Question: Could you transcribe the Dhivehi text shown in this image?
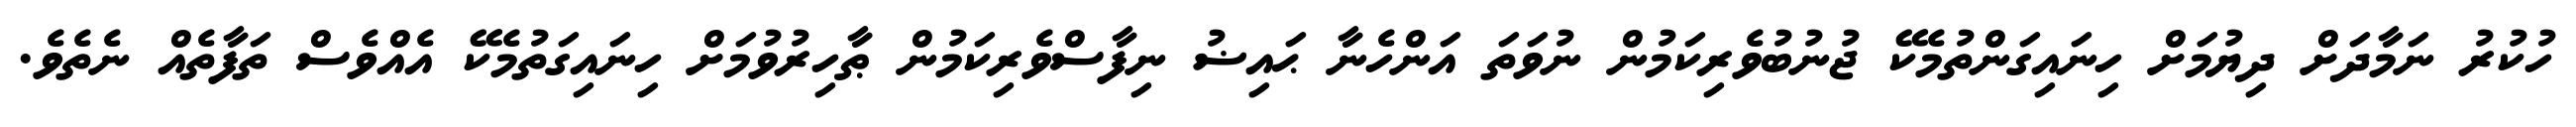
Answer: ހުކުރު ނަމާދަށް ދިޔުމަށް ހިނައިގަންތުމެކޭ ޖުނުބުވެރިކަމުން ނުވަތަ އަންހެނާ ޙައިޟު ނިފާސްވެރިކަމުން ޠާހިރުވުމަށް ހިނައިގަތުމެކޭ އެއްވެސް ތަފާތެއް ނެތެވެ.